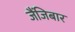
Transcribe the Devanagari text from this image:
जैंजिबार